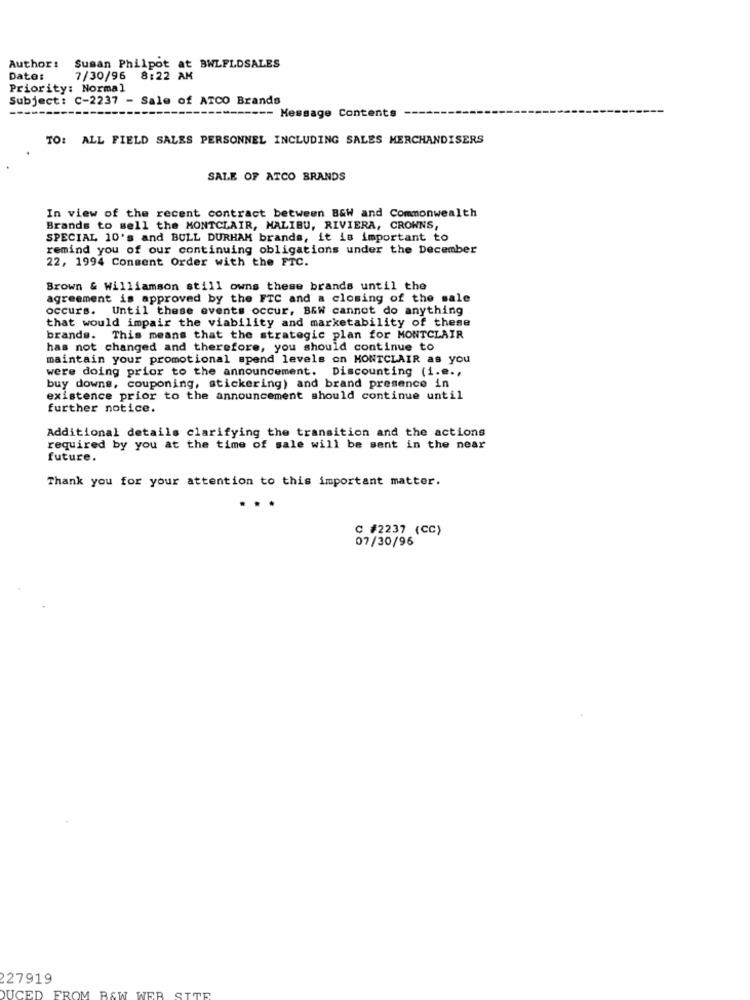
Author:
Susan Philpot
at BWLFLDSALES
Date:
7/30/96 8:22 AM
Priority: Normal
Subject: C-2237 - Sale of ATCO Brands
Message Contents
TO: ALL FIELD SALES PERSONNEL INCLUDING SALES MERCHANDISERS
SALE OF ATCO BRANDS
In view of the recent contract between B&W and Commonwealth
Brands to sell the MONTCLAIR, MALIBU, RIVIERA, CROWNS,
SPECIAL 10's and BULL DURHAM brands, it is important to
remind you of our continuing obligations under the December
22, 1994 Consent Order with the FTC.
Brown & Williamson still owns these brands until the
agreement is approved by the FTC and a closing of the sale
occurs. Until these events occur, BEW cannot do anything
that would impair the viability and marketability of these
brands. This means that the strategic plan for MONTCLAIR
has not changed and therefore, you should continue to
maintain your promotional spend levels on MONTCLAIR as you
were doing prior to the announcement. Discounting (i.e .,
buy downs, couponing, stickering) and brand presence in
existence prior to the announcement should continue until
further notice.
Additional details clarifying the transition and the actions
required by you at the time of sale will be sent in the near
future.
Thank you for your attention to this important matter.
C #2237 (CC)
07/30/96
27919
DUCED FROM B&W
WER
SITE